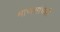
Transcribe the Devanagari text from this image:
माणसांचेही